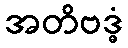
အတိဗဒ္ဓံ